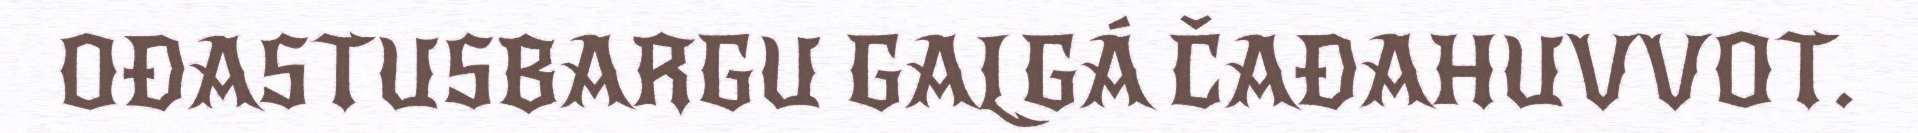
OĐASTUSBARGU GALGÁ ČAĐAHUVVOT.